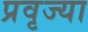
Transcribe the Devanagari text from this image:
प्रवृज्या